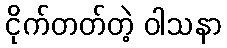
ငိုက်တတ်တဲ့ ဝါသနာ